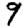
Digit: 9